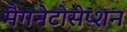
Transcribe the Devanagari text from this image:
मैगनेटोसेप्शन